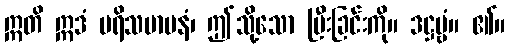
ဣတိ ဣဒံ ပရိသမာပနံ၊ ဤသို့သော ပြီးခြင်းကို။ ဒဋ္ဌဗ္ဗံ။ ၏။